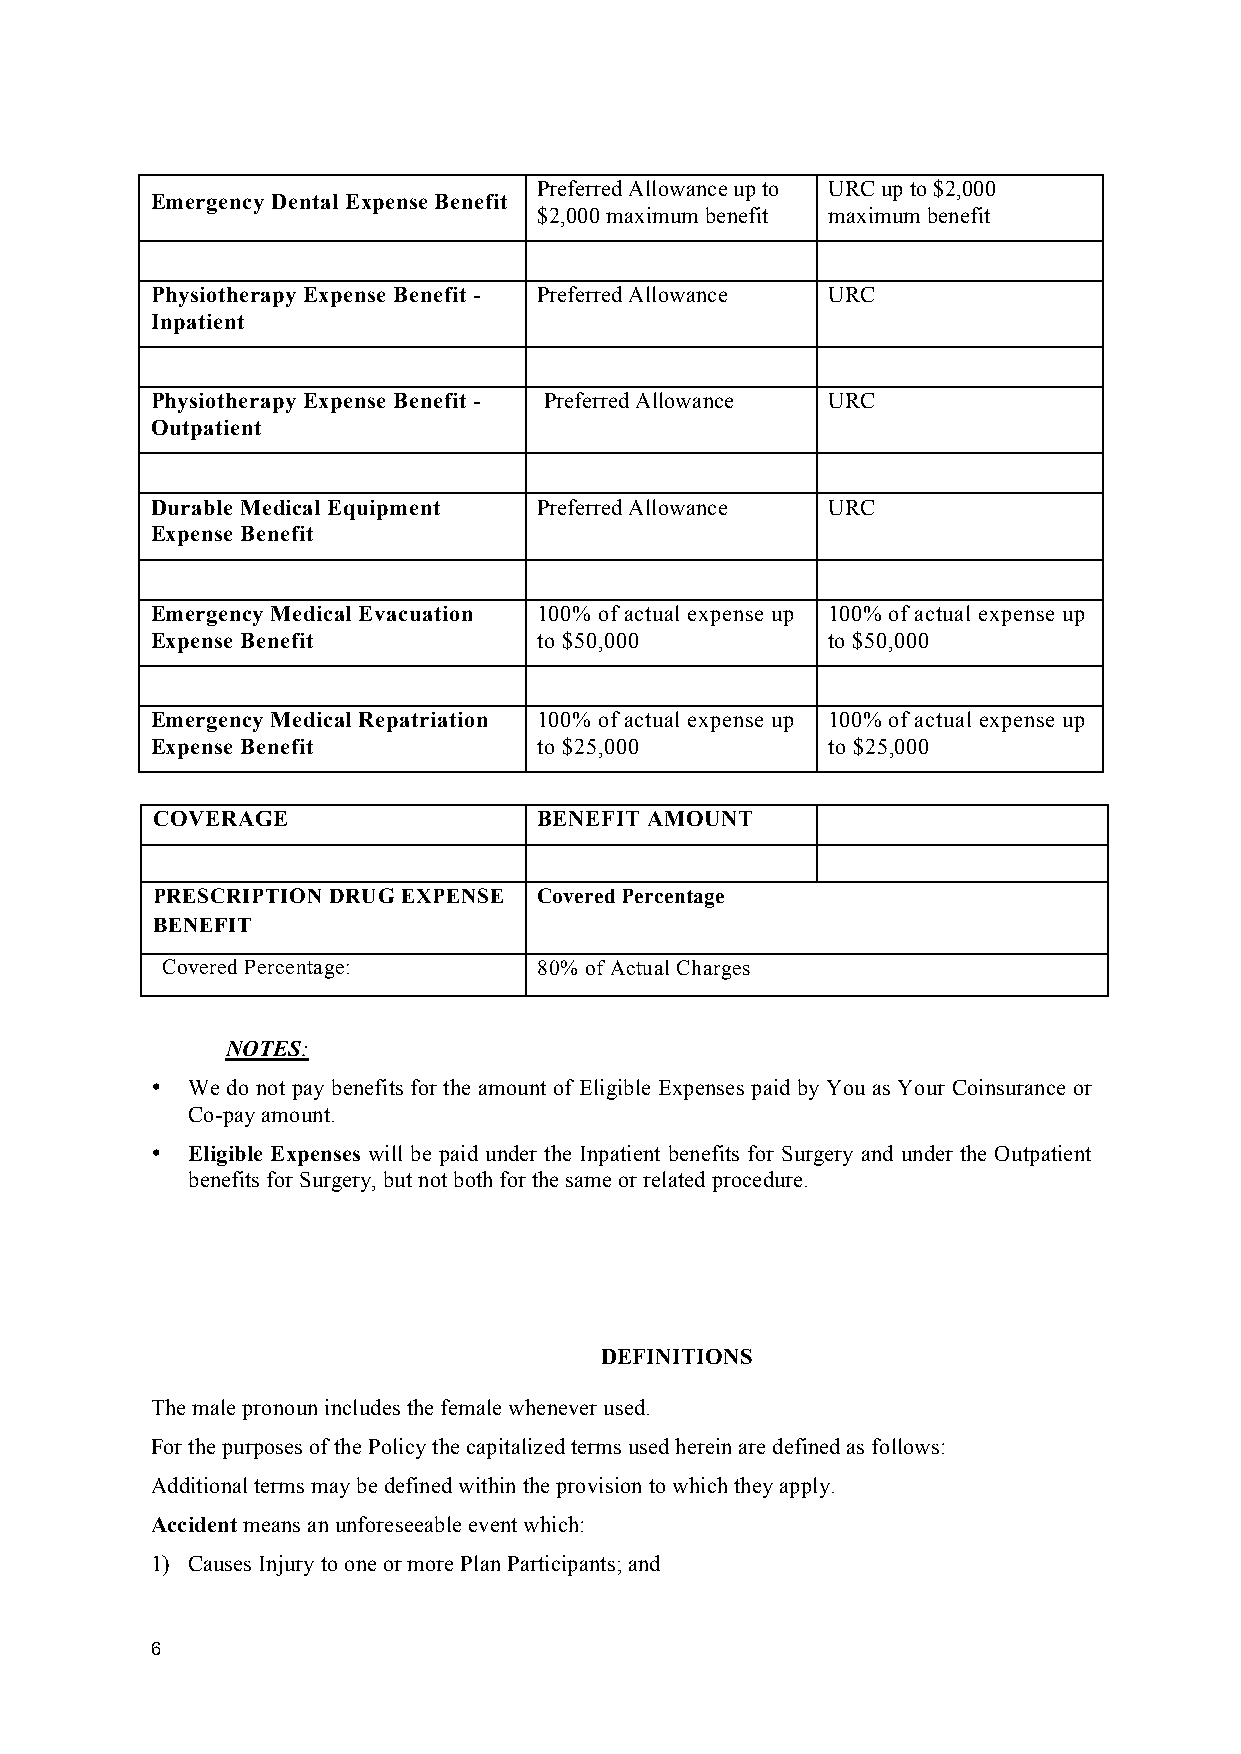
Preferred Allowance up to URC up to $2,000
 Emergency Dental Expense Benefit
 $2,000 maximum benefit maximum benefit
 Physiotherapy Expense Benefit - Preferred Allowance URC
 Inpatient
 Physiotherapy Expense Benefit - Preferred Allowance URC
 Outpatient
 Durable Medical Equipment Preferred Allowance URC
 Expense Benefit
 Emergency Medical Evacuation 100% of actual expense up 100% of actual expense up
 Expense Benefit           to $50,000         to $50,000
 Emergency Medical Repatriation 100% of actual expense up 100% of actual expense up
 Expense Benefit           to $25,000         to $25,000
 COVERAGE                  BENEFIT AMOUNT
 PRESCRIPTION DRUG EXPENSE Covered Percentage
 BENEFIT
 Covered Percentage:      80% of Actual Charges
 NOTES:
 • We do not pay benefits for the amount of Eligible Expenses paid by You as Your Coinsurance or
 Co-pay amount.
 • Eligible Expenses will be paid under the Inpatient benefits for Surgery and under the Outpatient
 benefits for Surgery, but not both for the same or related procedure.
 DEFINITIONS
 The male pronoun includes the female whenever used.
 For the purposes of the Policy the capitalized terms used herein are defined as follows:
 Additional terms may be defined within the provision to which they apply.
 Accident means an unforeseeable event which:
 1) Causes Injury to one or more Plan Participants; and
 6